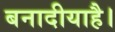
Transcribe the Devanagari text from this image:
बनादीयाहै।